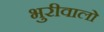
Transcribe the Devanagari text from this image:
भुरीवालो